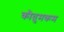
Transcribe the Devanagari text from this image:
कौतुमकम